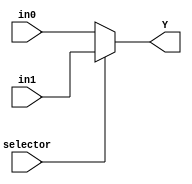
`timescale 1ns / 1ps
//////////////////////////////////////////////////////////////////////////////////
// Company: 
// Engineer: 
// 
// Design Name: 
// Module Name: two_by_one_mux
// Project Name: 
// Target Devices: 
// Tool Versions: 
// Description: 
// 
// Dependencies: 
// 
// Revision:
// Revision 0.01 - File Created
// Additional Comments:
// 
//////////////////////////////////////////////////////////////////////////////////


module two_by_one_mux(
    input [3:0] in0,
    input [3:0] in1,
    input selector,
    output [3:0] Y
    );
    
    assign Y = (selector == 0) ? in0 : in1;
endmodule